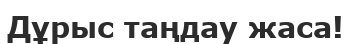
Дұрыс таңдау жаса!